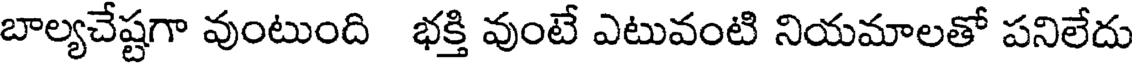
బాల్యచేష్టగా వుంటుంది భక్తి వుంటే ఎటువంటి నియమాలతో పనిలేదు